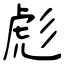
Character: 彪